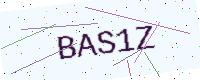
Text: BAS1Z